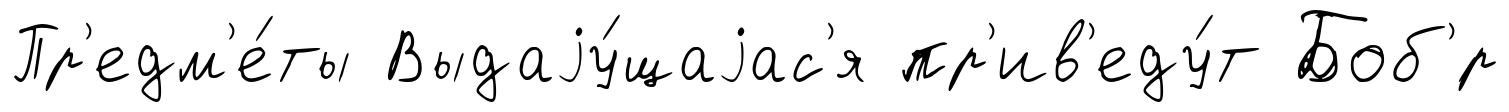
Пр'едм'е́ты Выдаjу́щаjас'я пр'ив'еду́т Боб'́р